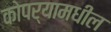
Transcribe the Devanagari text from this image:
कोपर्‍यामधील